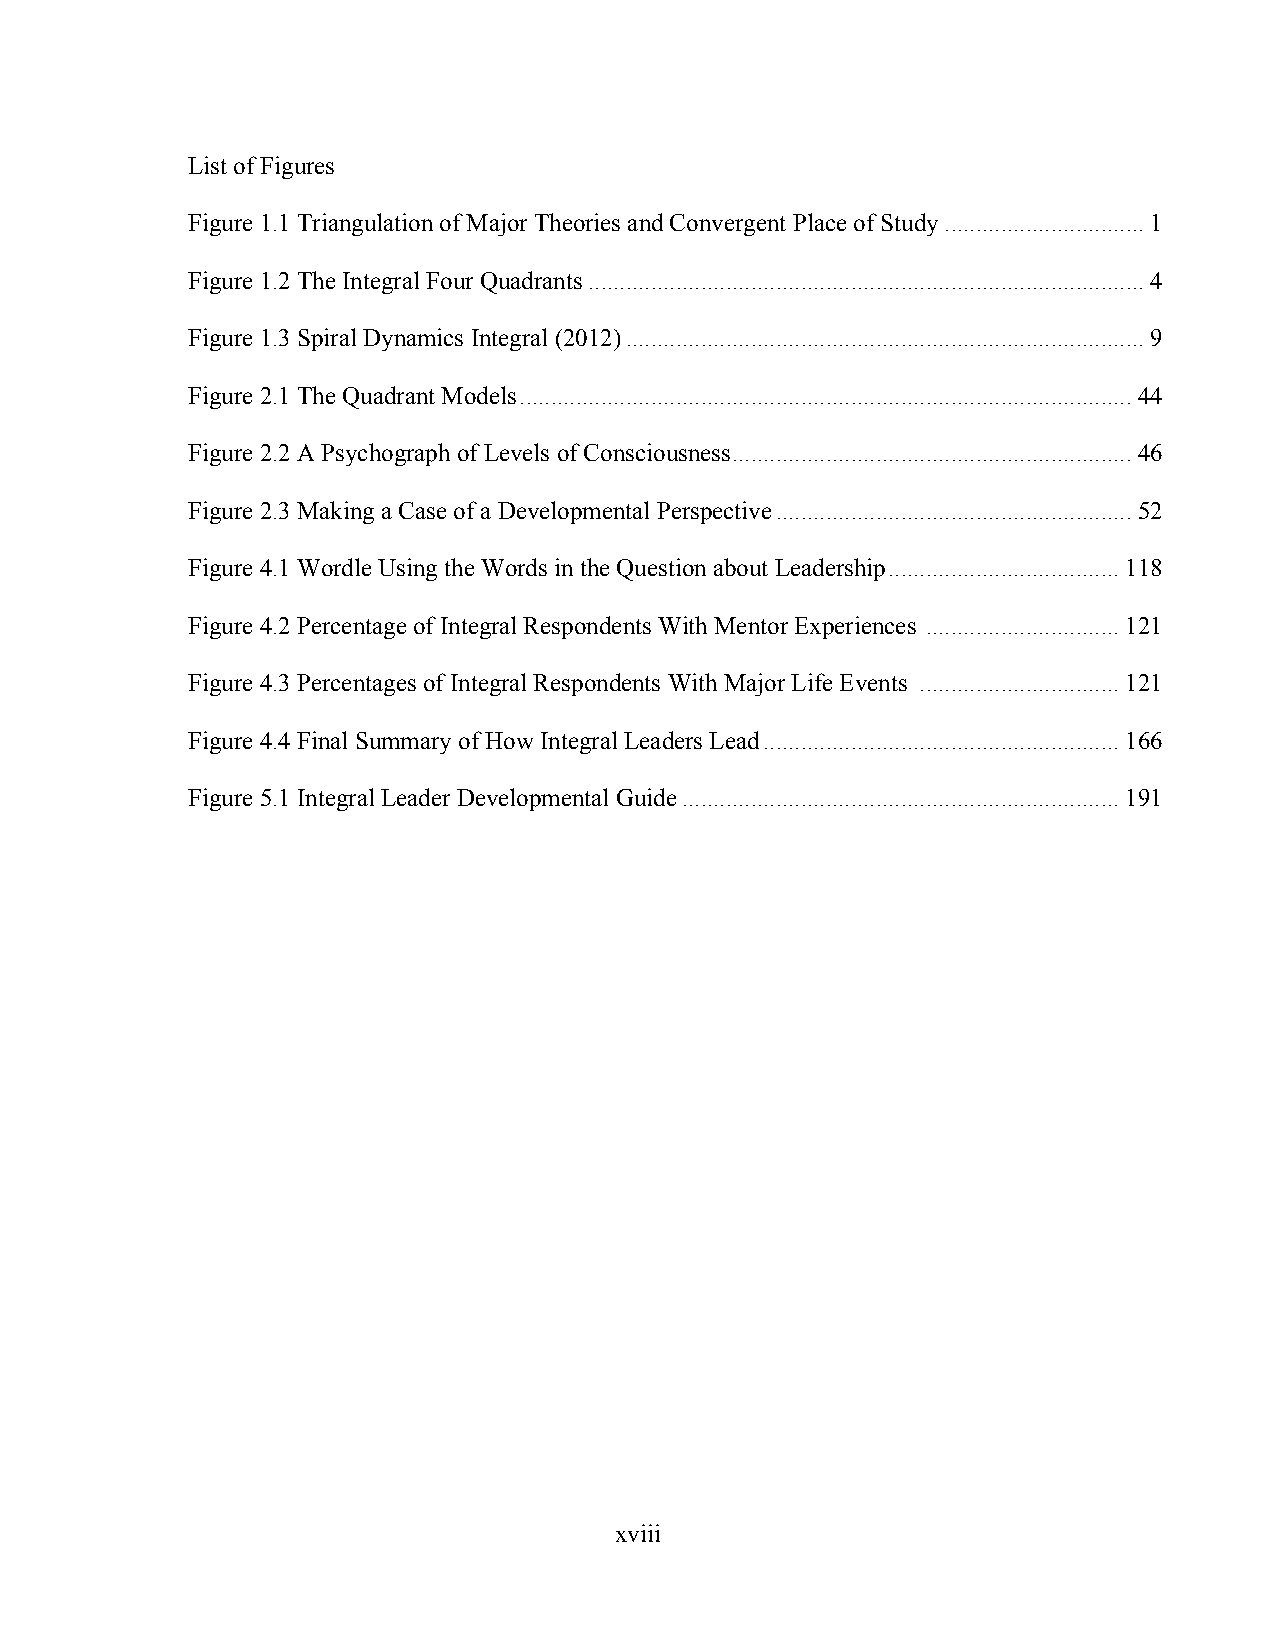
List of Figures
 Figure 1.1 Triangulation of Major Theories and Convergent Place of Study ................................ 1
 Figure 1.2 The Integral Four Quadrants ......................................................................................... 4
 Figure 1.3 Spiral Dynamics Integral (2012) ................................................................................... 9
 Figure 2.1 The Quadrant Models .................................................................................................. 44
 Figure 2.2 A Psychograph of Levels of Consciousness ................................................................ 46
 Figure 2.3 Making a Case of a Developmental Perspective ......................................................... 52
 Figure 4.1 Wordle Using the Words in the Question about Leadership ..................................... 118
 Figure 4.2 Percentage of Integral Respondents With Mentor Experiences ............................... 121
 Figure 4.3 Percentages of Integral Respondents With Major Life Events ................................ 121
 Figure 4.4 Final Summary of How Integral Leaders Lead ......................................................... 166
 Figure 5.1 Integral Leader Developmental Guide ...................................................................... 191
 xv iii